system: You are a helpful assistant.
user:
Analyze the provided spectrum to determine if it is a **"Cataclysmic Variables (CV)"**.

- **Key Indicators for CV (Check for either state):**
    - **State 1: Quiescent / Low-State (Emission-Dominated)**
        - **(Primary):** Strong and *very broad* Hydrogen Balmer emission lines (e.g., $H\alpha$ at 6563 Å, $H\beta$ at 4861 Å). The 'broadness' (high velocity dispersion, often FWHM > 1000 km/s) is the key diagnostic, indicating a high-velocity accretion disk.
        - **(Secondary):** Broad neutral Helium (He I) emission lines (e.g., 5876 Å, 6678 Å).
        - **(Key Confirmation):** Presence of high-excitation *ionized* Helium (He II) emission at 4686 Å. This is a strong indicator of accretion onto a white dwarf.
        - **(Line Profile):** Emission lines may exhibit a 'double-peaked' profile, which is a classic signature of a rotating accretion disk viewed at high inclination.

    - **State 2: Outburst / High-State (Absorption-Dominated)**
        - **(Primary):** Spectrum is dominated by a bright, blue continuum (looks like a hot star).
        - **(Secondary):** The emission lines from State 1 are weak, absent, or 'filled in', and are replaced by broad, shallow *absorption* lines (primarily Balmer and He I).
        - **(Morphology):** The overall spectrum mimics a hot B/A-type star. The crucial difference is that the absorption lines are significantly broader, shallower, and more 'washed-out' (or 'smeared') than the sharp lines of a normal stellar photosphere, due to high rotational speeds and pressure broadening in the disk.

Think first, call **spectral_visualization_tool** if needed to examine features in detail, then provide your final answer. Your response must adhere to the following strict rules:
1.  **Overall Structure:** Your response must follow the format `<think>...</think> <tool_call>...</tool_call> (if a tool is used) <answer>...</answer>`.
2.  **Tool Usage Constraint:** You may only make **one** tool call per turn.
3.  **Final Answer Format:** In the `<answer>` tag, your conclusion must be inside a `\boxed{}` command (e.g., `\boxed{YES}`), followed by your justification.

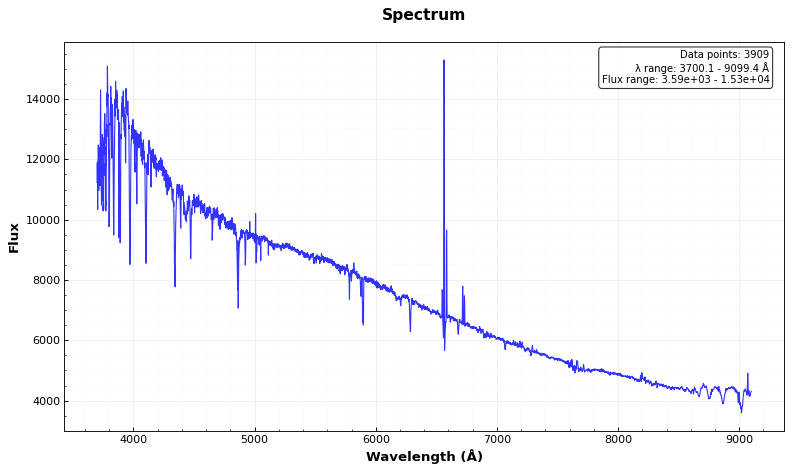
Answer: NO